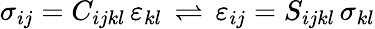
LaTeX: \sigma_{ij}=C_{ijkl}\, \varepsilon_{kl}\, \rightleftharpoons\, \varepsilon_{ij}=S_{ijkl}\, \sigma_{kl}